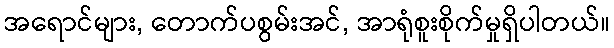
အရောင်များ, တောက်ပစွမ်းအင်, အာရုံစူးစိုက်မှုရှိပါတယ်။